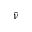
\bar { \nu }